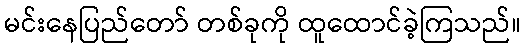
မင်းနေပြည်တော် တစ်ခုကို ထူထောင်ခဲ့ကြသည်။